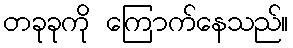
တခုခုကို ကြောက်နေသည်။